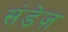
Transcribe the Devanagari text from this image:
संडेज़